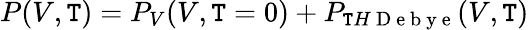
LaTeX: P(V,\mathtt{T})=P_{V}(V,\mathtt{T}=0)+P_{\mathtt{T}H\mathrm{{~D~e~b~y~e~}}}(V,\mathtt{T})